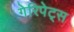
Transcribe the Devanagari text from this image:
गेरिपेट्स